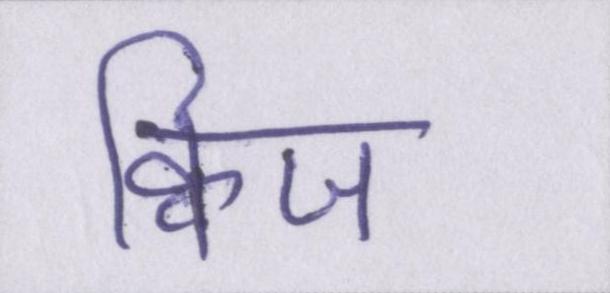
क्विज